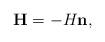
LaTeX: \begin{align*}{\bf H}=-H{\bf n},\end{align*}